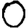
Digit: 0